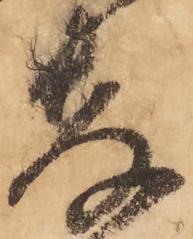
易